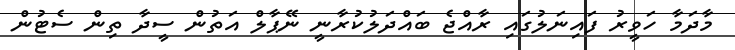
މާދަމާ ހަވީރު ފައިނަލުގައި ރާއްޖެ ބައްދަލުކުރާނީ ނޭޕާލް އަތުން ސީދާ ތިން ސެޓުން